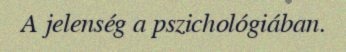
A jelenség a pszichológiában.